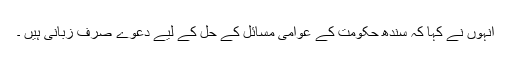
انہوں نے کہا کہ سندھ حکومت کے عوامی مسائل کے حل کے لیے دعوے صرف زبانی ہیں ۔